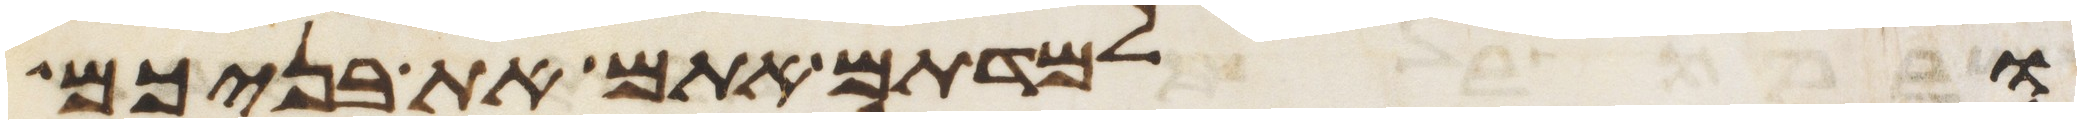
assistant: ולמדתם אתם את בניכם